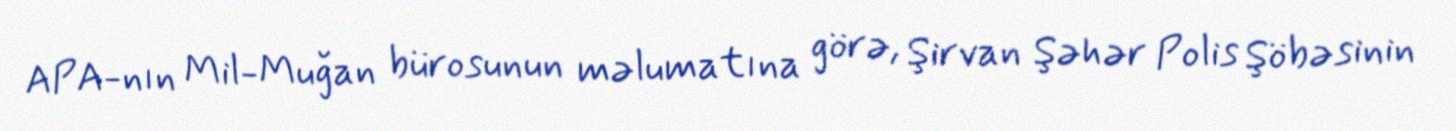
APA-nın Mil-Muğan bürosunun məlumatına görə, Şirvan Şəhər Polis Şöbəsinin